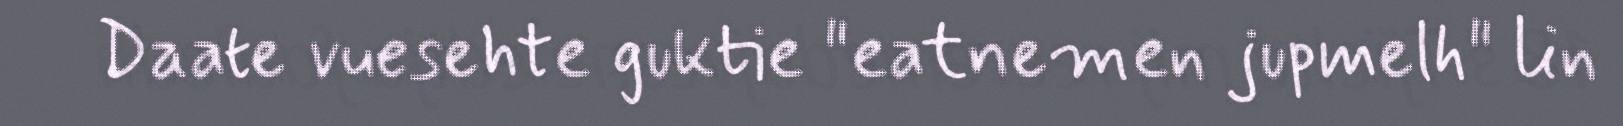
Daate vuesehte guktie "eatnemen jupmelh" lin